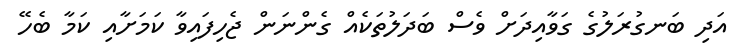
އަދި ބަނގުރަލުގެ ގަވާއިދަށް ވެސް ބަދަލުތަކެއް ގެންނަން ޖެހިފައިވާ ކަމަށާއި ކަމާ ބެހޭ